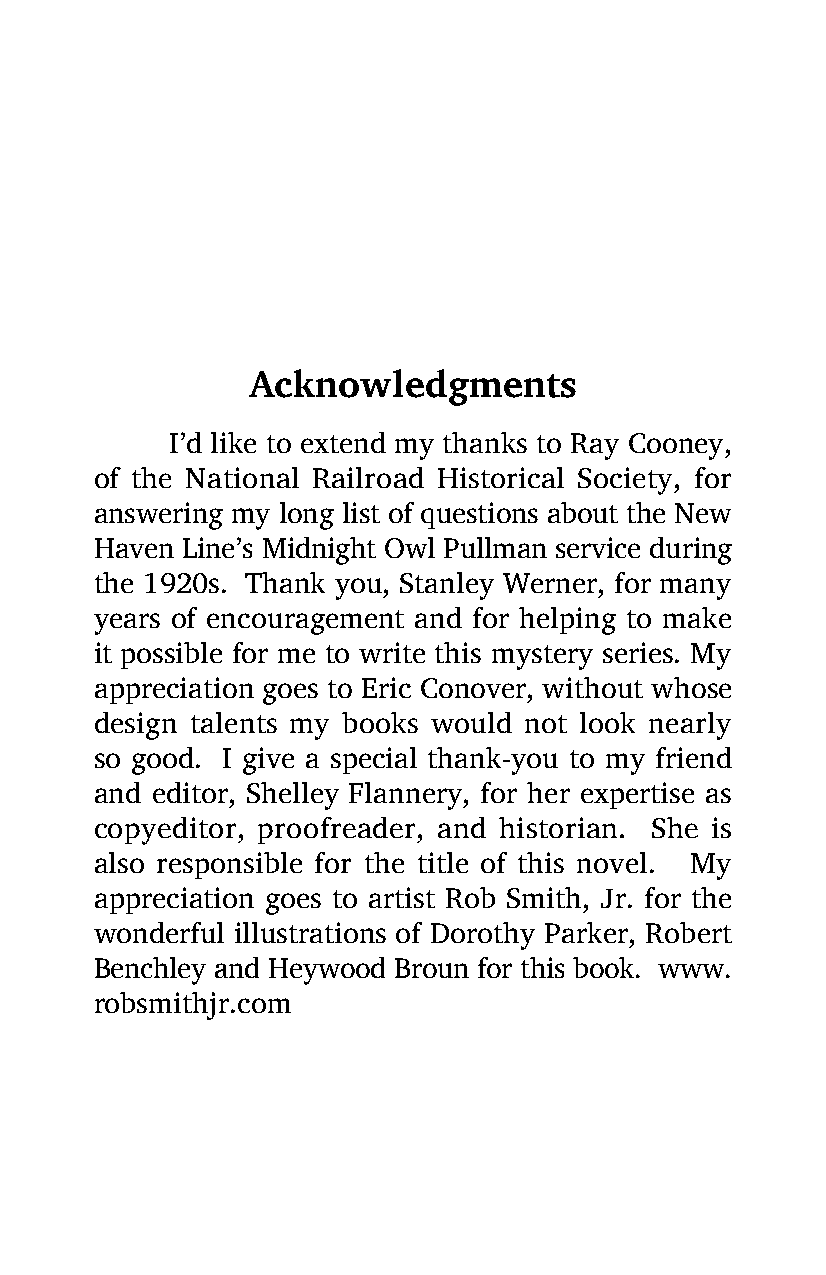
Acknowledgments
 I’d like to extend my thanks to Ray Cooney,
 of the National Railroad Historical Society, for
 answering my long list of questions about the New
 Haven Line’s Midnight Owl Pullman service during
 the 1920s. Thank you, Stanley Werner, for many
 years of encouragement and for helping to make
 it possible for me to write this mystery series. My
 appreciation goes to Eric Conover, without whose
 design talents my books would not look nearly
 so good. I give a special thank-you to my friend
 and editor, Shelley Flannery, for her expertise as
 copyeditor, proofreader, and historian. She is
 also responsible for the title of this novel. My
 appreciation goes to artist Rob Smith, Jr. for the
 wonderful illustrations of Dorothy Parker, Robert
 Benchley and Heywood Broun for this book. www.
 robsmithjr.com